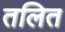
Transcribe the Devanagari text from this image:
तलित